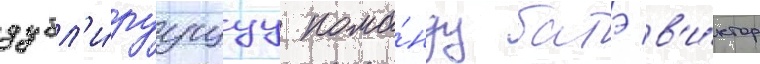
дубл'и́руущуу кома́нду батэ в'и́ктор